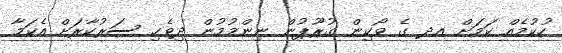
ހުކުމެއް ކަމަށް އދ ގެ ވޯކިން ގުރޫޕުން ނިންމުމުން ދިވެހި ސަރުކާރަށް އެކަމާ